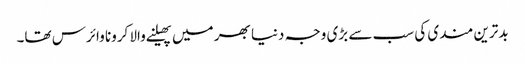
بدترین مندی کی سب سے بڑی وجہ دنیا بھر میں پھیلنے والا کرونا وائرس تھا۔